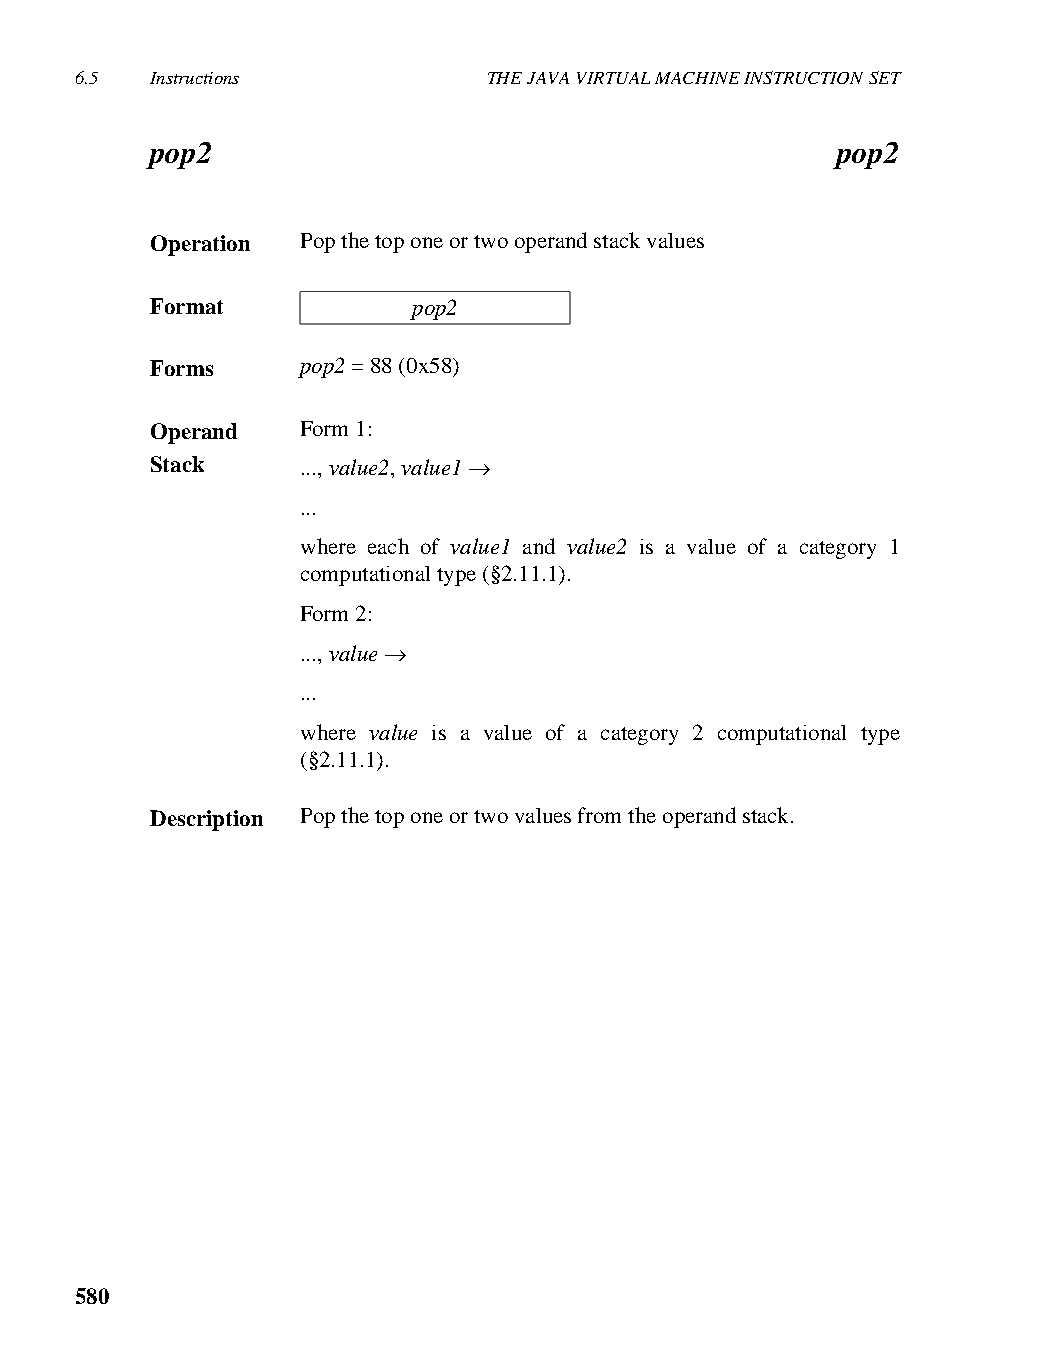
6.5  Instructions          THE JAVA VIRTUAL MACHINE INSTRUCTION SET
 pop2                                         pop2
 Operation Pop the top one or two operand stack values
 Format           pop2
 Forms     pop2 = 88 (0x58)
 Operand   Form 1:
 Stack     ..., value2, value1 →
 ...
 where each of value1 and value2 is a value of a category 1
 computational type (§2.11.1).
 Form 2:
 ..., value →
 ...
 where value is a value of a category 2 computational type
 (§2.11.1).
 Description Pop the top one or two values from the operand stack.
 580